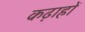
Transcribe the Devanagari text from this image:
कढ़ाहों